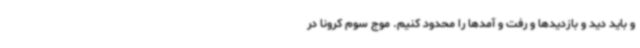
و باید دید و بازدیدها و رفت و آمدها را محدود کنیم. موج سوم کرونا در